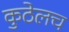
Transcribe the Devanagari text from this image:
कुठेलच